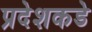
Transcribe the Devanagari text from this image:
प्रदेशकडे